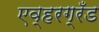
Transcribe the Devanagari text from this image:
एव्हरग्रँड